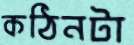
কঠিনটা